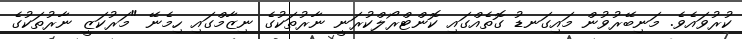
ކުރުވައެވެ. މަނިބޭރުވުން މައިގަނޑު ގޮތެއްގައި ކޮންޓްރޯލްކުރަނީ ނާރުތަކުގެ ނިޒާމްގައި ހިމެނޭ "މަރުކަޒީ ނާރުތަކުގެ